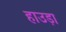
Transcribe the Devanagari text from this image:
हाउड़ा